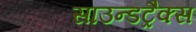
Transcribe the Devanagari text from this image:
साउन्डट्रैक्स